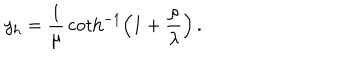
y _ { \mathrm { h } } = { \frac { 1 } { \mu } } \coth ^ { - 1 } \left( 1 + { \frac { \rho } { \lambda } } \right) \, .